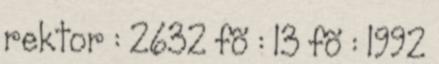
rektor : 2632 fõ : 13 fõ : 1992